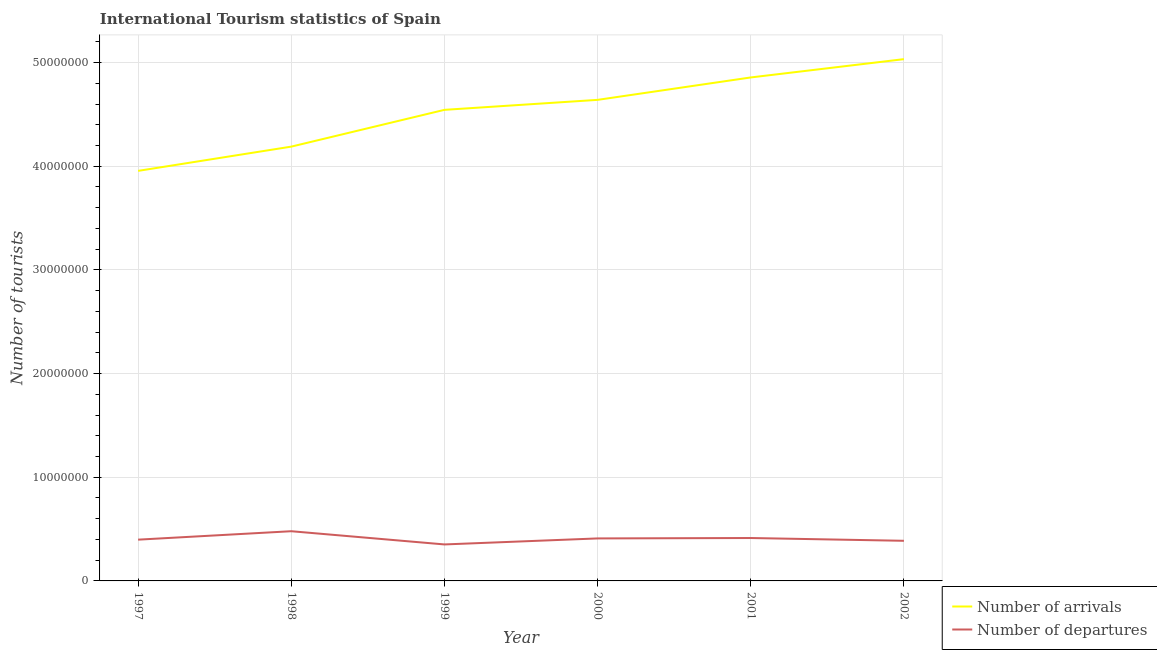
| Year | Number of arrivals | Number of departures |
 | --- | --- | --- |
 | 1997 | 3.96e+07 | 3.98e+06 |
 | 1998 | 4.19e+07 | 4.79e+06 |
 | 1999 | 4.54e+07 | 3.52e+06 |
 | 2000 | 4.64e+07 | 4.1e+06 |
 | 2001 | 4.86e+07 | 4.14e+06 |
 | 2002 | 5.03e+07 | 3.87e+06 |